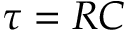
\tau = R C